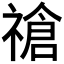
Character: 𫀞